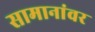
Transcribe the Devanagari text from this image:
सामानांवर